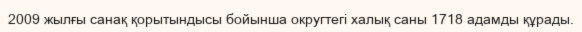
2009 жылғы санақ қорытындысы бойынша округтегі халық саны 1718 адамды құрады.